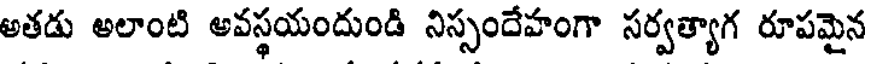
అతడు అలాంటి అవస్థయందుండి నిస్సందేహంగా సర్వత్యాగ రూపమైన